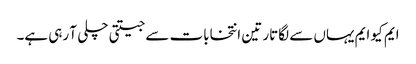
ایم کیو ایم یہاں سے لگاتار تین انتخابات سے جیتتی چلی آ رہی ہے۔